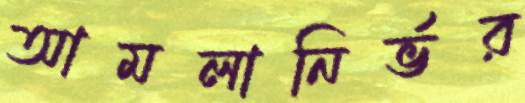
আমলানির্ভর